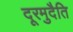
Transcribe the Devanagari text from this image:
दूरमुदैति